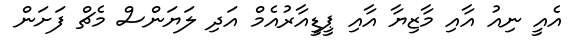
އެއީ ނިއު އާއި މާޒިޔާ އާއި ޕީޑީއާރުއެމް އަދި ލަޔަންސް މެޗް ފަށަން